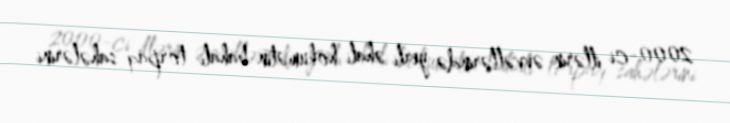
2000-ci illərin əvvəllərində yerli əhali hökumətin bahalı torpaq sahələrini